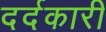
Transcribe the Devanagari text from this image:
दर्दकारी